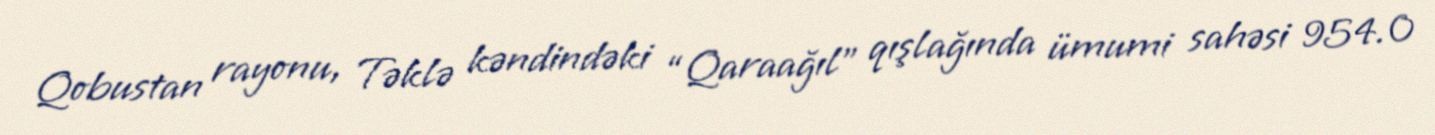
Qobustan rayonu, Təklə kəndindəki “Qaraağıl” qışlağında ümumi sahəsi 954.0